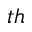
^ { t h }